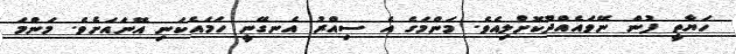
ހަޔާތީ ފުން ނޭވައެއްދޫކޮށްލިއެވެ. މަންމަގެ އެ ސިއްރު އެނގޭނީ ހަމައެކަނި އޭނައަށެވެ. މަންމަ